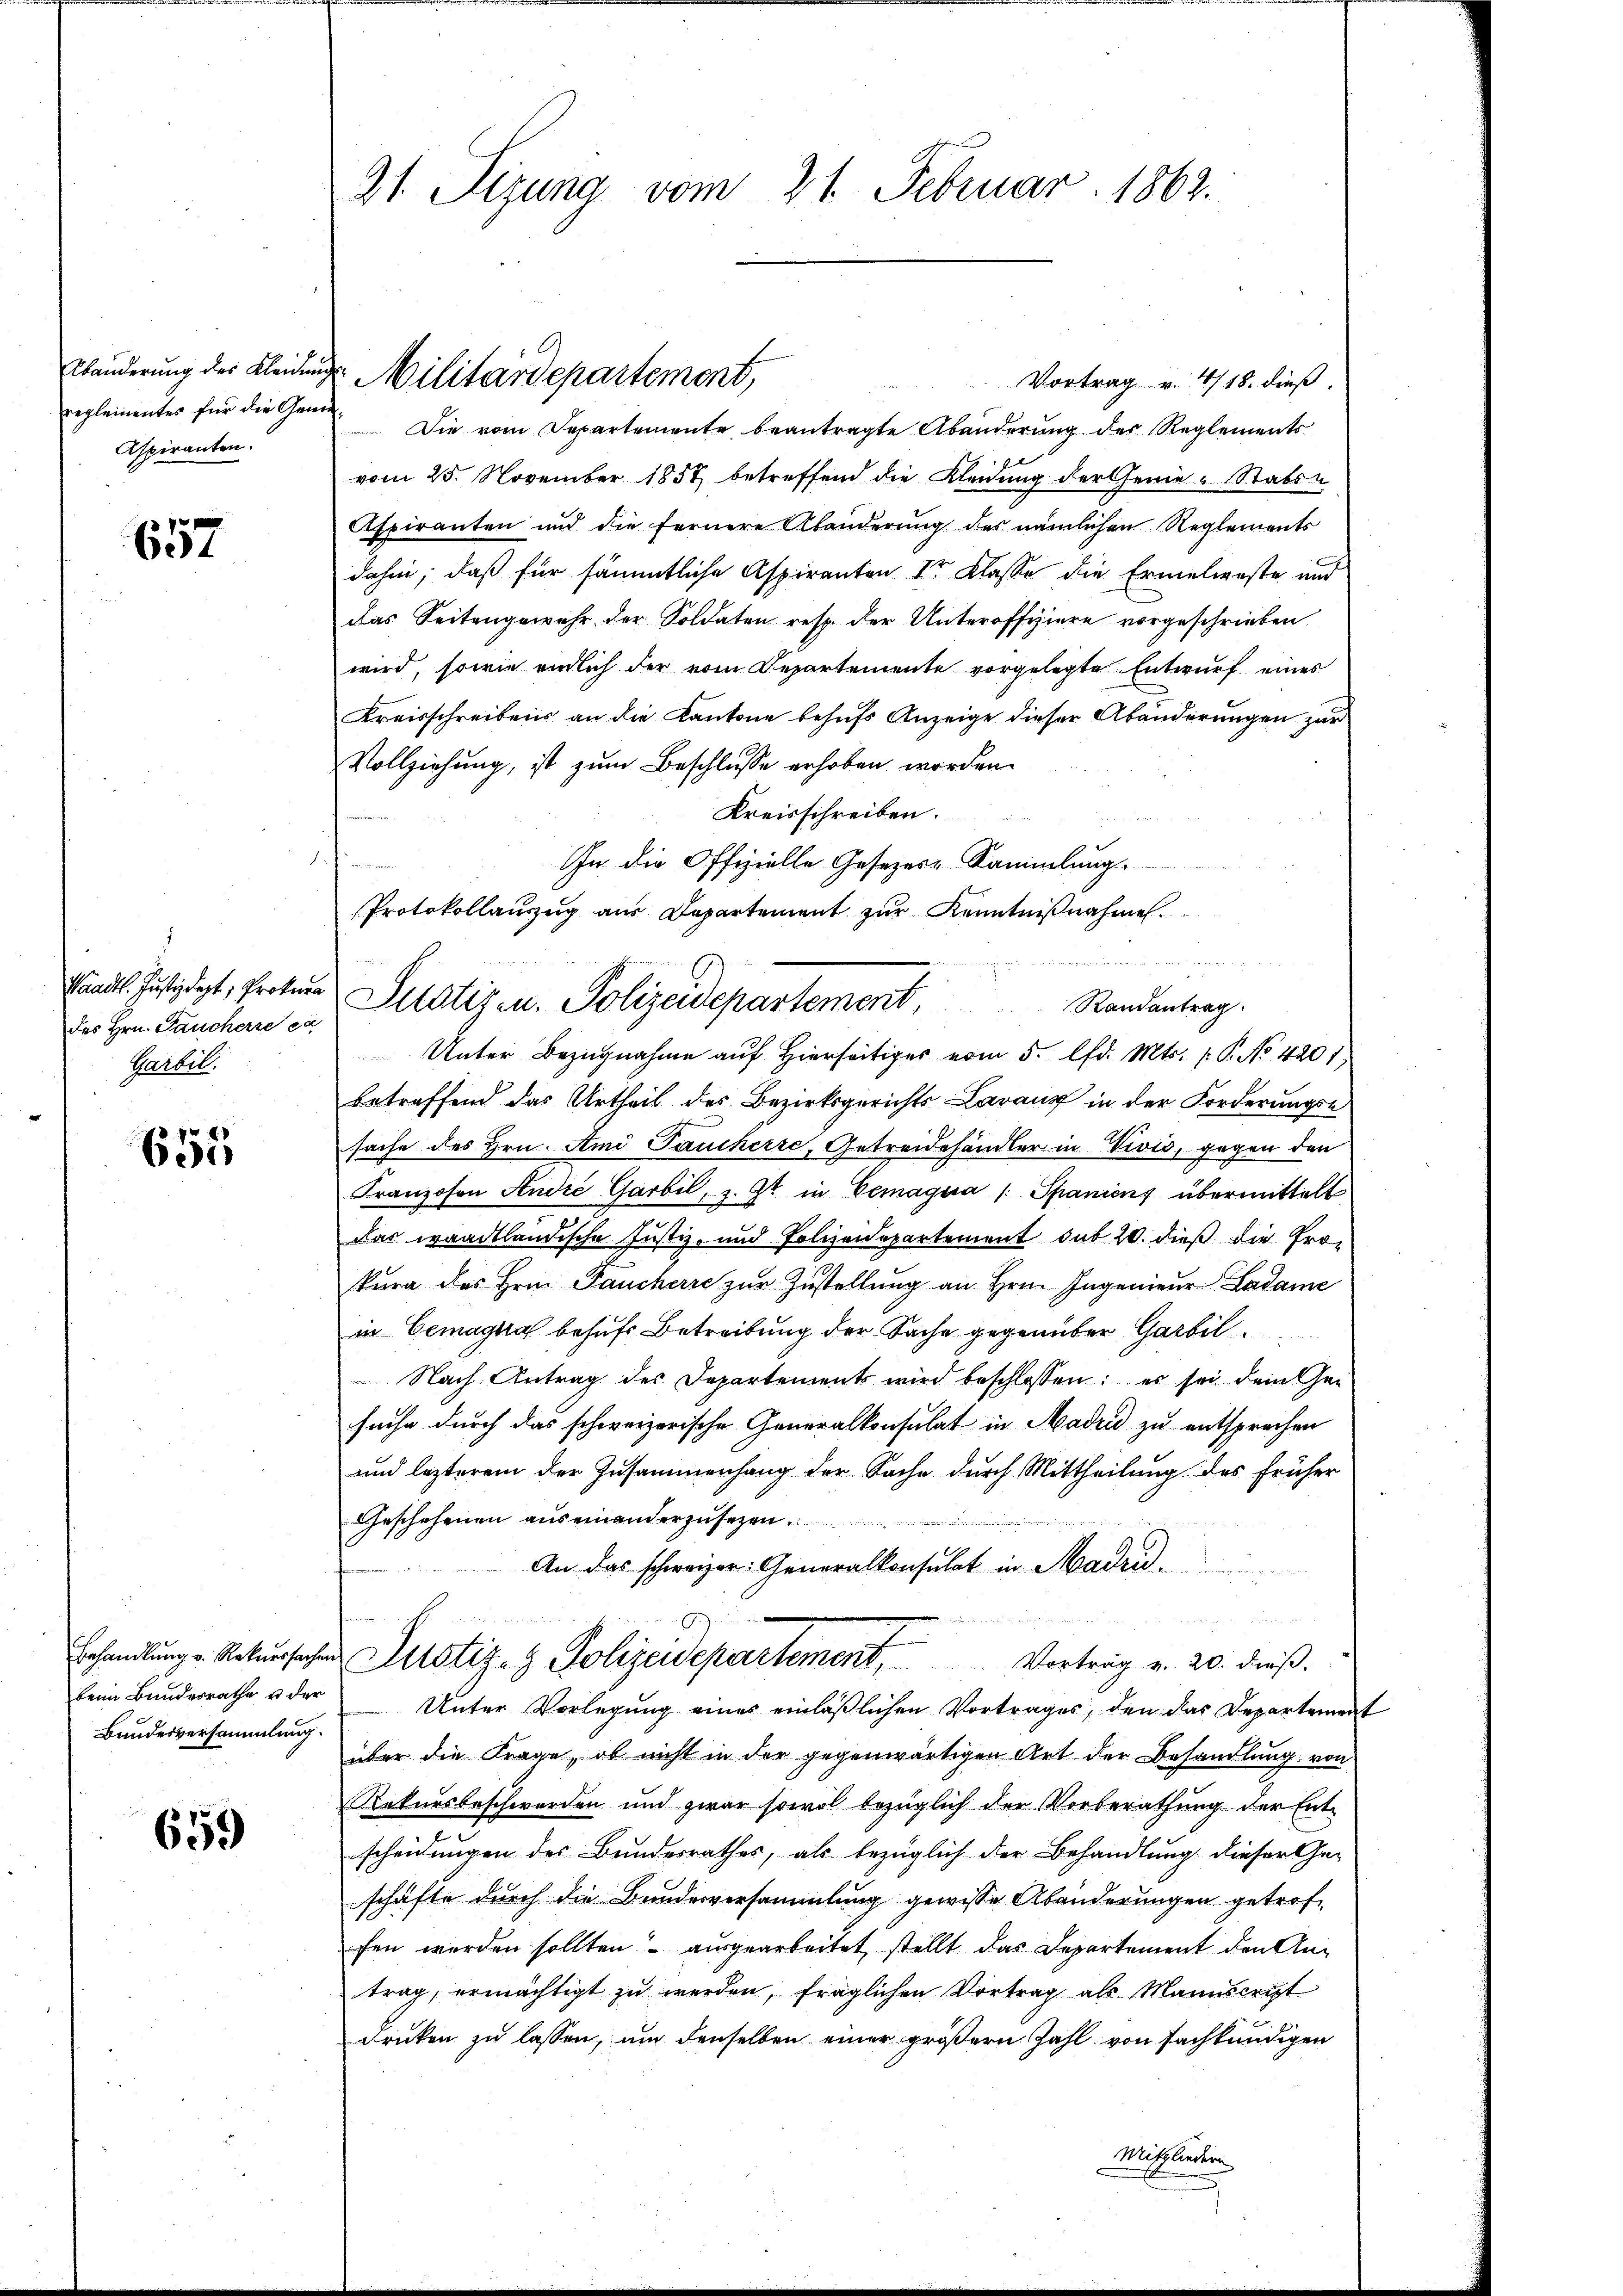
Abänderung der Kleiden
reglementes für die Gen
Aspiranten.

657

Waadt. Justizdept, Prokura
des Hrn. Jaucherre ca
Garbil

655

beim Bundesrathe u der
Bundesversammlung.

659

21. Sizung vom 21. Februar 1862.

Vortrag v. 4/18. dieß.
un. Die vom Departemente beantragte Abänderung des Reglements
vom 25. November 1857 betreffend die Kleidung der Genie-Stabsu
Aspiranten und die fernere Abänderung des nämlichen Reglements
dahin, daß für sämmtliche Aspiranten 1r Klasse die Ermelweste und
Das Seitengewehr der Soldaten resp. der Unteroffiziere vorgeschrieben
wird, sowie endlich der vom Departemente vorgelegte Entwurf eines
Kreisschreibens an die Kantone behufs Anzeige dieser Abänderungen zur
Vollziehung, ist zum Beschlusse erhoben worden.
Kreisschreiben.
Randantrag
Unter Bezugnahme auf Hierseitiger vom 5. lfd. Mts. p. P. No 4201,
betreffend das Urtheil des Bezirksgerichts- Lavaux in der Forderungsk
sache des Hrn. Ami Paucherre, Getreidehändler in Vivić, gegen den
Franzosen André Garbil, z. Zt. in Bemagua / Spaniens übermittelt
Das waadtländische Justiz- und Polizeidepartement sub 20. dieß die Prokura des Hrn. Paucherre zur Zustellung an Hrn. Ingenieur Ladame
in Gemagna behufs Betreibung der Sache gegenüber Garbil
Nach Antrag des Departements wird beschlossen: es sei dein Gesuche durch das schweizerische Generalkonsulat in Madri zu entsprochen
und lezterem der Zusammenhang der Sache durch Mittheilung des früher
Geschehenen auseinanderzusezen.
An das schweizer: Generalkonsulat in Madrid.
Erhandlung v. Rekŭrsachen Mitstiz- & Polizeidepartement, Vortrag v. 20. dieß.
Unter Vorlegung eines einläßlichen Vortrages, den das Departement
über die Frage, ob nicht in der gegenwärtigen Art der Behandlung von
Rekursbeschwerden und zwar sowol bezüglich der Vorberathung der Entscheidungen des Bundesrathes, als bezüglich der Behandlung dieser Ge-
schäfte durch die Bundesversammlung gewisse Abänderungen getrof
fen werden sollten ausgearbeitet, stellt das Departement den Antrag, ermächtigt zu werden, fraglichen Vortrag als Manuscript
Druken zu lassen, um denselben einer größern Zahl von fachkundigen
Misgliedern

u. Militärdepartement,

In die Offizielle Gesezes-Sammlung.
Protokollanzug aus Departement zur Kenntnißnahmen.
Justiz u. Polizeidepartement